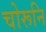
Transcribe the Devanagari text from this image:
चोरूनि